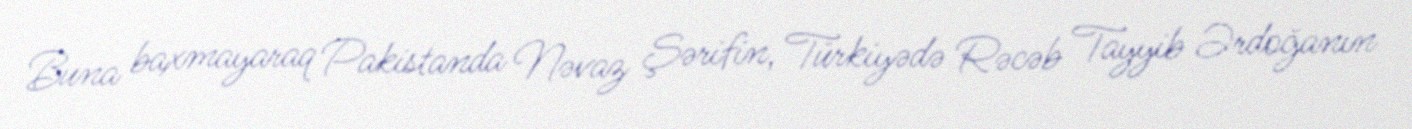
Buna baxmayaraq Pakistanda Nəvaz Şərifin, Türkiyədə Rəcəb Tayyib Ərdoğanın